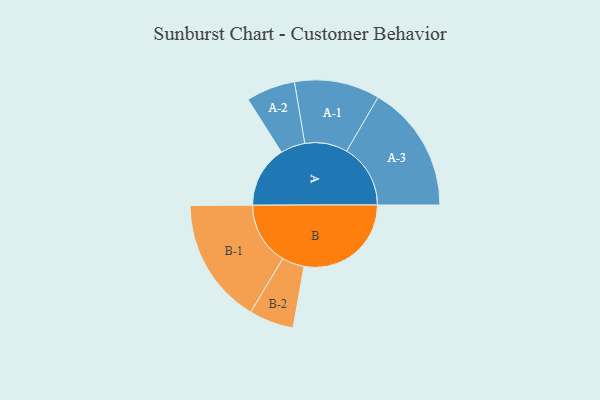
{"axis": {"x": "Segment", "y": "Value"}, "legend": ["", "A", "B"], "data": [{"x": "A", "y": 277, "type": ""}, {"x": "B", "y": 480, "type": ""}, {"x": "A-1", "y": 191, "type": "A"}, {"x": "A-2", "y": 110, "type": "A"}, {"x": "A-3", "y": 286, "type": "A"}, {"x": "B-1", "y": 282, "type": "B"}, {"x": "B-2", "y": 100, "type": "B"}]}